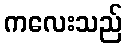
ကလေးသည်